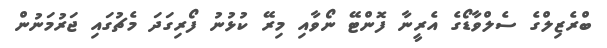
ބްރެޒިލްގެ ސެލްވާޑޯގެ އެރީނާ ފޮންޓޭ ނޯވާއި މިރޭ ކުޅުނު ފޯރިގަދަ މެޗުގައި ޖަރުމަނުން